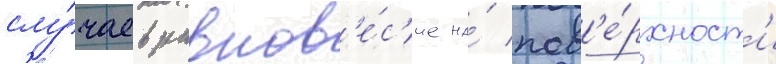
слу́чаев равнов'е́с'ие на́ пов'е́рхност'и